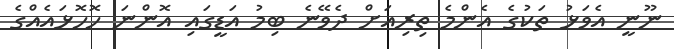
ނޫނީ އެވަޅު ތަކުގެ އެންމެ ތިރިއަށް ދެވޭނެ ބިމު އަޑީގައި އޮންނަ ހޮހޮޅައެއްގެ